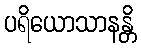
ပရိယောသာနန္တိ